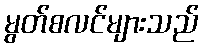
မွတ်စလင်များသည်